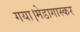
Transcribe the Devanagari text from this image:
गया।मेडागास्कर